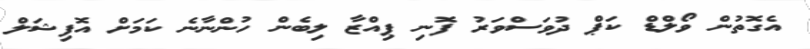
އެގޮތުން ވޯލްޑް ކަޕް ދުވަސްވަރު ފޮނި ޕިއްޒާ ލިބެން ހުންނާނެ ކަމަށް އޮފިޝަލް